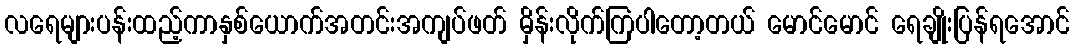
လရေများပန်းထည့်ကာနှစ်ယောက်အတင်းအကျပ်ဖတ် မှိန်းလိုက်ကြပါတော့တယ် မောင်မောင် ရေချိုးပြန်ရအောင်